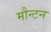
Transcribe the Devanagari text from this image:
मौन्टन